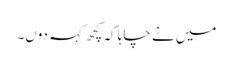
میں نے چاہا کہ کچھ کہہ دوں۔